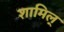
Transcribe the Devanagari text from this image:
शामिल्